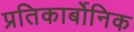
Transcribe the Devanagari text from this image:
प्रतिकार्बोनिक